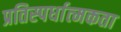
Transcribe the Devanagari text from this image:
प्रतिस्‍पर्धात्‍मकता